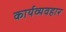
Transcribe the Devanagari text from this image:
कार्यव्यवहार